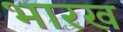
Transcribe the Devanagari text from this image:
भारख